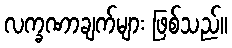
လက္ခဏာချက်များ ဖြစ်သည်။